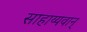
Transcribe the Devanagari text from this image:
साहाय्यवान्